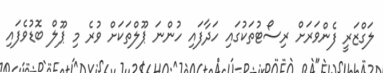
ލަގްޒަރީ ފެންވަރަށް ރިސޯޓުތަކުގައި ހަދާފައި ހުންނަ ޕޫލްތަކަށް ވުރެ މި ޕޫލް ބޮޑުވެފައި